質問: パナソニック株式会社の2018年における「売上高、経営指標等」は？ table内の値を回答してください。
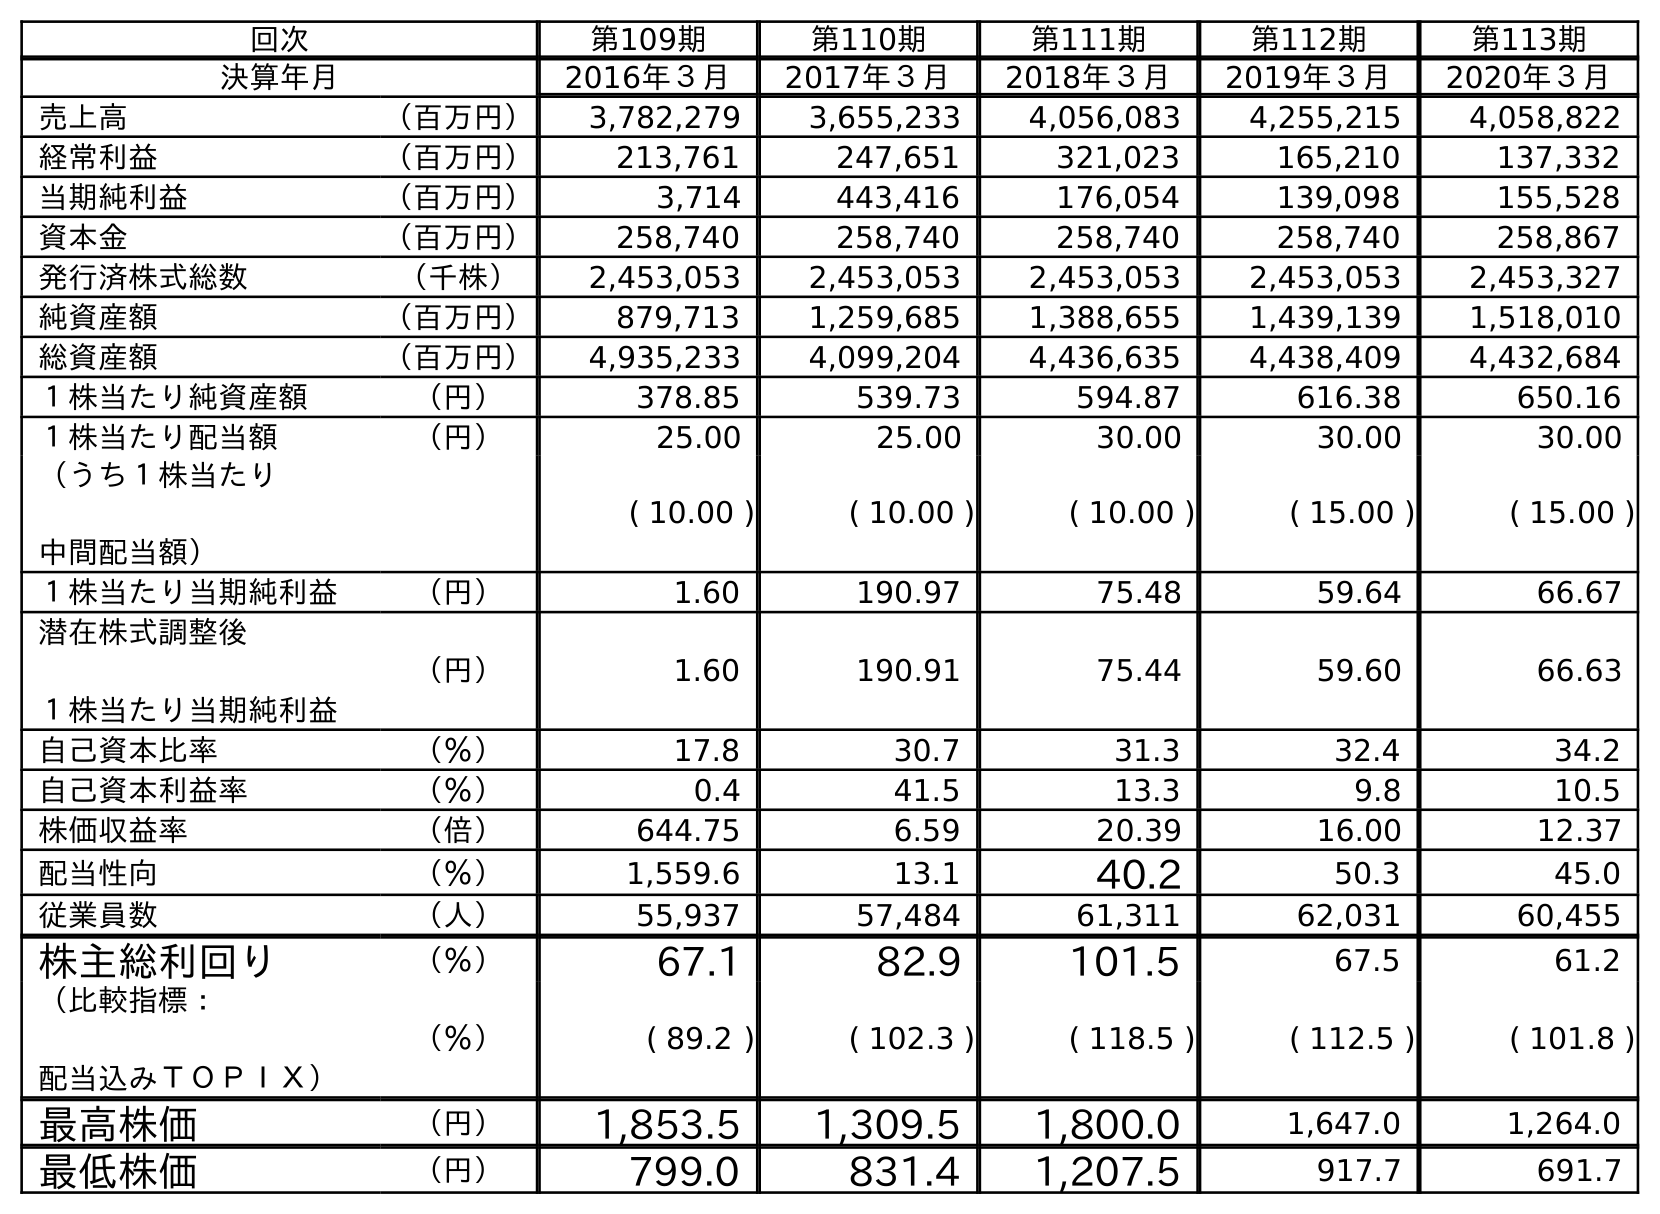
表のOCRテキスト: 回次 第109期 第110期 第111期 第112期 第113期 決算年月 2016年３月 2017年３月 2018年３月 2019年３月 2020年３月 売上高 （百万円） 3,782,279 3,655,233 4,056,083 4,255,215 4,058,822 経常利益 （百万円） 213,761 247,651 321,023 165,210 137,332 当期純利益 （百万円） 3,714 443,416 176,054 139,098 155,528 資本金 （百万円） 258,740 258,740 258,740 258,740 258,867 発行済株式総数 （千株） 2,453,053 2,453,053 2,453,053 2,453,053 2,453,327 純資産額 （百万円） 879,713 1,259,685 1,388,655 1,439,139 1,518,010 総資産額 （百万円） 4,935,233 4,099,204 4,436,635 4,438,409 4,432,684 １株当たり純資産額 （円） 378.85 539.73 594.87 616.38 650.16 １株当たり配当額 （円） 25.00 25.00 30.00 30.00 30.00 （うち１株当たり 中間配当額） ( 10.00 ) ( 10.00 ) ( 10.00 ) ( 15.00 ) ( 15.00 ) １株当たり当期純利益 （円） 1.60 190.97 75.48 59.64 66.67 潜在株式調整後 １株当たり当期純利益 （円） 1.60 190.91 75.44 59.60 66.63 自己資本比率 （％） 17.8 30.7 31.3 32.4 34.2 自己資本利益率 （％） 0.4 41.5 13.3 9.8 10.5 株価収益率 （倍） 644.75 6.59 20.39 16.00 12.37 配当性向 （％） 1,559.6 13.1 40.2 50.3 45.0 従業員数 （人） 55,937 57,484 61,311 62,031 60,455 株主総利回り （％） 67.1 82.9 101.5 67.5 61.2 （比較指標： 配当込みＴＯＰＩＸ） （％） ( 89.2 ) ( 102.3 ) ( 118.5 ) ( 112.5 ) ( 101.8 ) 最高株価 （円） 1,853.5 1,309.5 1,800.0 1,647.0 1,264.0 最低株価 （円） 799.0 831.4 1,207.5 917.7 691.7
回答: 4,056,083